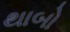
થાબો